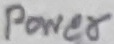
Text: Power